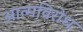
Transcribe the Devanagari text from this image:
आत्मविरोध